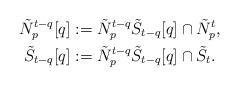
LaTeX: \begin{align*}\tilde{N}_p^{t-q}[q]&:=\tilde{N}_p^{t-q}\tilde{S}_{t-q}[q]\cap\tilde{N}_p^t,\\\tilde{S}_{t-q}[q]&:=\tilde{N}_p^{t-q}\tilde{S}_{t-q}[q]\cap\tilde{S}_t.\end{align*}